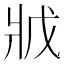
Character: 𭷂